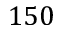
1 5 0